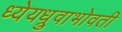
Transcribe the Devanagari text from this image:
ध्येयध्रुवाभोवती